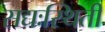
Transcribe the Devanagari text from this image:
सद्यःस्थिती